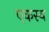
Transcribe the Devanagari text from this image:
एकस्य